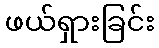
ဖယ်ရှားခြင်း